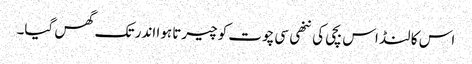
اس کا لنڈ اس بچی کی ننھی سی چوت کو چیرتا ہوا اندر تک گھس گیا۔